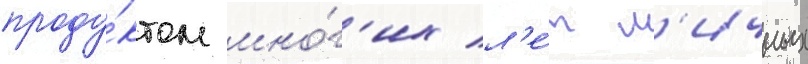
проду́ктом мно́г'их л'е́т л'ичных